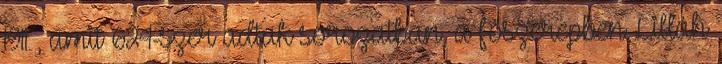
1911 , amit 624-szer adtak sorozatban, a főszerepben Lillah